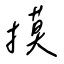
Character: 摸